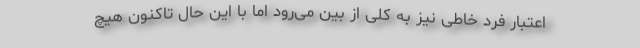
اعتبار فرد خاطی نیز به کلی از بین می‌رود اما با این حال تاکنون هیچ